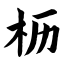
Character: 枥